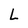
Character: L